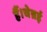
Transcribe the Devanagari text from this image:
हैं।चेन्नई